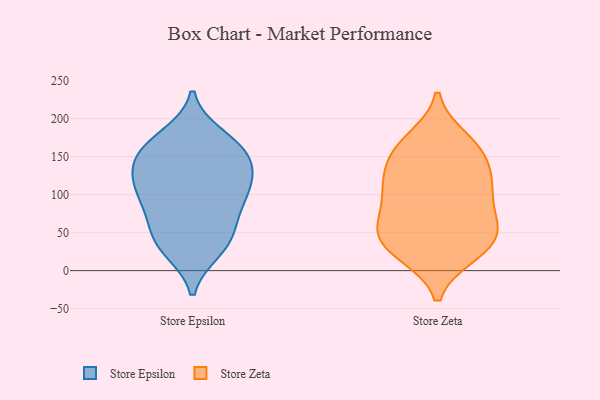
{"axis": {"x": "Active Users", "y": "Value"}, "legend": ["Store Epsilon", "Store Zeta"], "data": [{"x": "", "y": 40, "type": "Store Epsilon"}, {"x": "", "y": 105, "type": "Store Epsilon"}, {"x": "", "y": 132, "type": "Store Epsilon"}, {"x": "", "y": 101, "type": "Store Epsilon"}, {"x": "", "y": 27, "type": "Store Epsilon"}, {"x": "", "y": 88, "type": "Store Epsilon"}, {"x": "", "y": 170, "type": "Store Epsilon"}, {"x": "", "y": 29, "type": "Store Epsilon"}, {"x": "", "y": 155, "type": "Store Epsilon"}, {"x": "", "y": 83, "type": "Store Epsilon"}, {"x": "", "y": 128, "type": "Store Epsilon"}, {"x": "", "y": 177, "type": "Store Epsilon"}, {"x": "", "y": 112, "type": "Store Epsilon"}, {"x": "", "y": 47, "type": "Store Epsilon"}, {"x": "", "y": 63, "type": "Store Epsilon"}, {"x": "", "y": 162, "type": "Store Epsilon"}, {"x": "", "y": 133, "type": "Store Epsilon"}, {"x": "", "y": 153, "type": "Store Epsilon"}, {"x": "", "y": 53, "type": "Store Zeta"}, {"x": "", "y": 151, "type": "Store Zeta"}, {"x": "", "y": 44, "type": "Store Zeta"}, {"x": "", "y": 163, "type": "Store Zeta"}, {"x": "", "y": 57, "type": "Store Zeta"}, {"x": "", "y": 47, "type": "Store Zeta"}, {"x": "", "y": 67, "type": "Store Zeta"}, {"x": "", "y": 111, "type": "Store Zeta"}, {"x": "", "y": 163, "type": "Store Zeta"}, {"x": "", "y": 22, "type": "Store Zeta"}, {"x": "", "y": 107, "type": "Store Zeta"}, {"x": "", "y": 121, "type": "Store Zeta"}, {"x": "", "y": 85, "type": "Store Zeta"}, {"x": "", "y": 135, "type": "Store Zeta"}, {"x": "", "y": 105, "type": "Store Zeta"}, {"x": "", "y": 29, "type": "Store Zeta"}, {"x": "", "y": 173, "type": "Store Zeta"}, {"x": "", "y": 22, "type": "Store Zeta"}]}